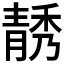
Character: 𲊗